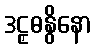
ဒဠှဓနွိနော